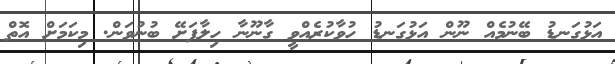
އަޅުގަނޑު ބޭނުމެއް ނޫން އަޅުގަނޑު ހުވާކުރެއްވީ ގާނޫނާ ހިލާފަށޭ ބުނުވަން. މިކަމަށް އޮތް